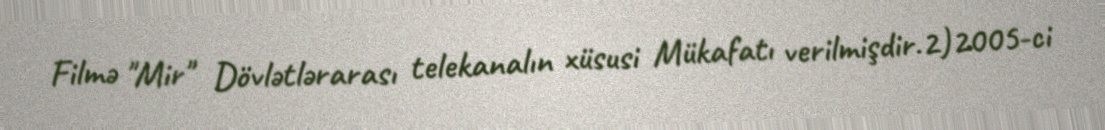
Filmə "Mir" Dövlətlərarası telekanalın xüsusi Mükafatı verilmişdir.2)2005-ci